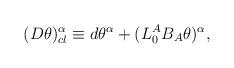
LaTeX: \begin{align*}(D \theta)^\alpha_{cl} \equiv d\theta^\alpha +( L^A_0 B_A \theta) ^\alpha,\end{align*}